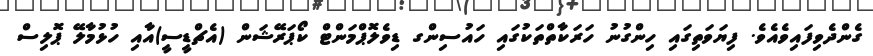
ގެންދެވިފައިވެއެވެ. ފިޔަވަތިގައި ހިންގުނު ހަރަކާތްތަކުގައި ހައުސިންގ ޑިވެލޮޕްމަންޓް ކޯޕަރޭޝަން (އެޗްޑީސީ)އާއި ހުޅުމާލޭ ޕޮލިސް